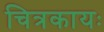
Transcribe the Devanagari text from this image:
चित्रकायः